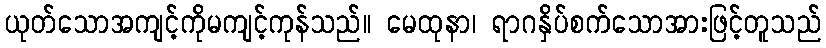
ယုတ်သောအကျင့်ကိုမကျင့်ကုန်သည်။ မေထုနာ၊ ရာဂနှိပ်စက်သောအားဖြင့်တူသည်